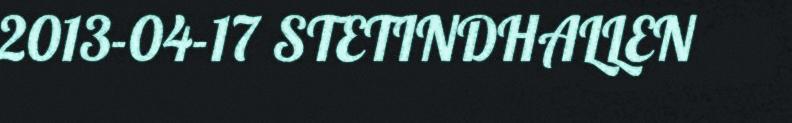
2013-04-17 STETINDHALLEN